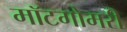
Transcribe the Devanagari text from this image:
मॉटगोमरी